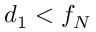
d _ { 1 } < f _ { N }